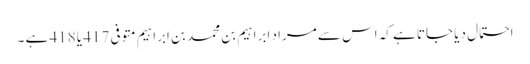
احتمال دیا جاتا ہے کہ اس سے مراد ابراہیم بن محمد بن ابراہیم متوفی 417 یا 418 ہے ۔